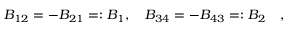
B _ { 1 2 } = - B _ { 2 1 } = : B _ { 1 } , \quad B _ { 3 4 } = - B _ { 4 3 } = : B _ { 2 } \quad ,